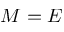
M = E